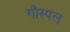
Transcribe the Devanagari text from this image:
गौस्पल